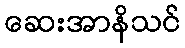
ဆေးအာနိသင်